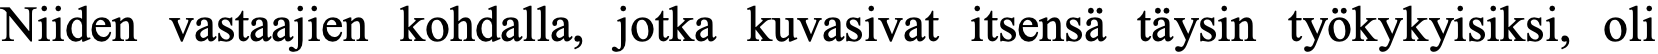
Niiden vastaajien kohdalla, jotka kuvasivat itsensä täysin työkykyisiksi, oli